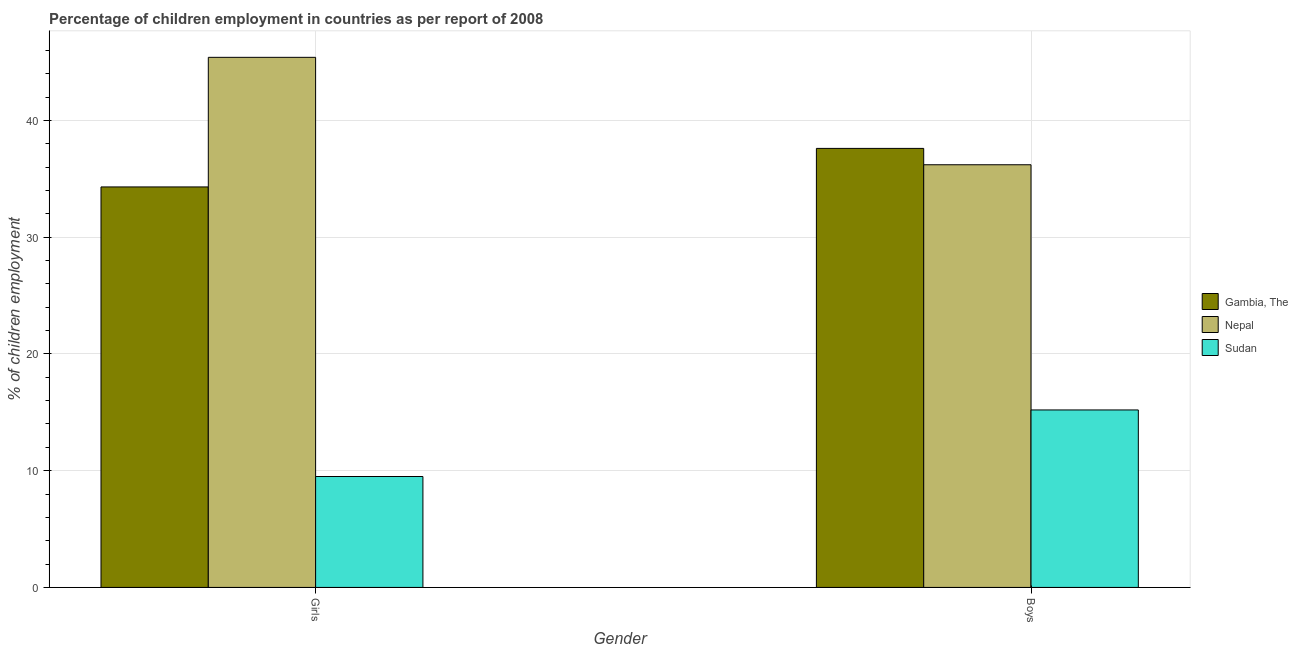
| Gender | Gambia, The | Nepal | Sudan |
 | --- | --- | --- | --- |
 | Girls | 34.3 | 45.4 | 9.5 |
 | Boys | 37.6 | 36.2 | 15.2 |